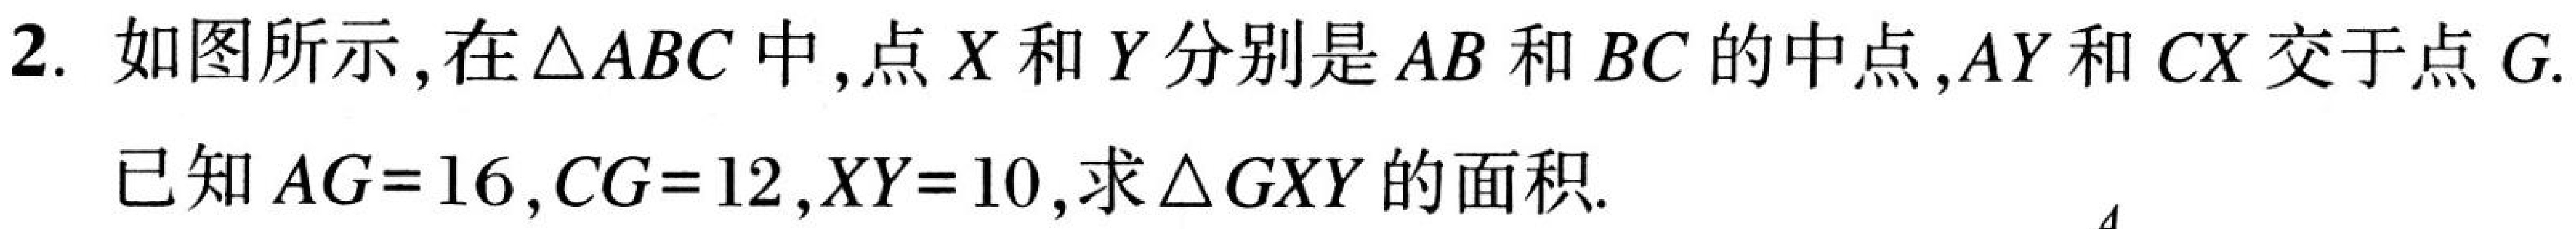
2. 如图所示,在\(\triangle ABC\)中,点\(X\)和\(Y\)分别是\(AB\)和\(BC\)的中点,\(AY\)和\(CX\)交于点\(G\).
已知\(AG = 16\),\(CG = 12\),\(XY = 10\),求\(\triangle GXY\)的面积.